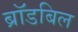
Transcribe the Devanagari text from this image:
ब्रॉडबिल